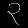
Digit: ၃